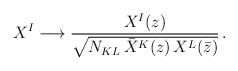
\begin{align*}X^I \longrightarrow {X^I(z) \over \sqrt{N_{KL}\,\bar X^K(z)\,X{}^L(\bar z)}} \,.\end{align*}